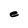
Character: e